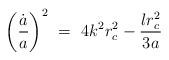
LaTeX: \begin{align*}\left({\dot{a}\over a}\right)^2\ =\ 4k^2r_c^2-{\l r_c^2\over3a}\end{align*}